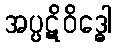
အပ္ပဋိဝိဒ္ဓေါ